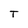
Character: T